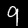
Digit: 9